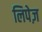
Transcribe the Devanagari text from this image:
लिपेज़